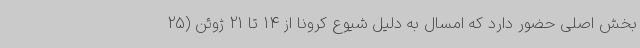
بخش اصلی حضور دارد که امسال به دلیل شیوع کرونا از 14 تا 21 ژوئن (25